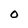
Character: 0